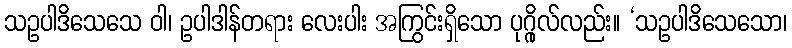
သဥပါဒိသေသေ ဝါ၊ ဥပါဒါန်တရား လေးပါး အကြွင်းရှိသော ပုဂ္ဂိုလ်လည်း။ ‘သဥပါဒိသေသော၊